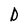
Character: D